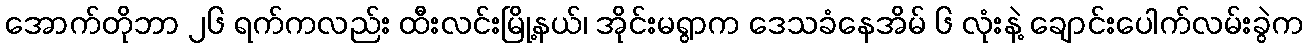
အောက်တိုဘာ ၂၆ ရက်ကလည်း ထီးလင်းမြို့နယ်၊ အိုင်းမရွာက ဒေသခံနေအိမ် ၆ လုံးနဲ့ ချောင်းပေါက်လမ်းခွဲက